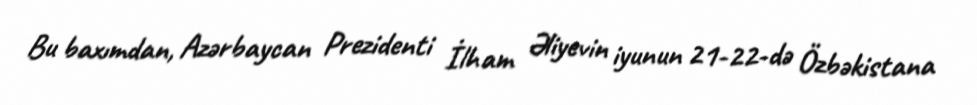
Bu baxımdan, Azərbaycan Prezidenti İlham Əliyevin iyunun 21-22-də Özbəkistana